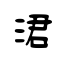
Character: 涒